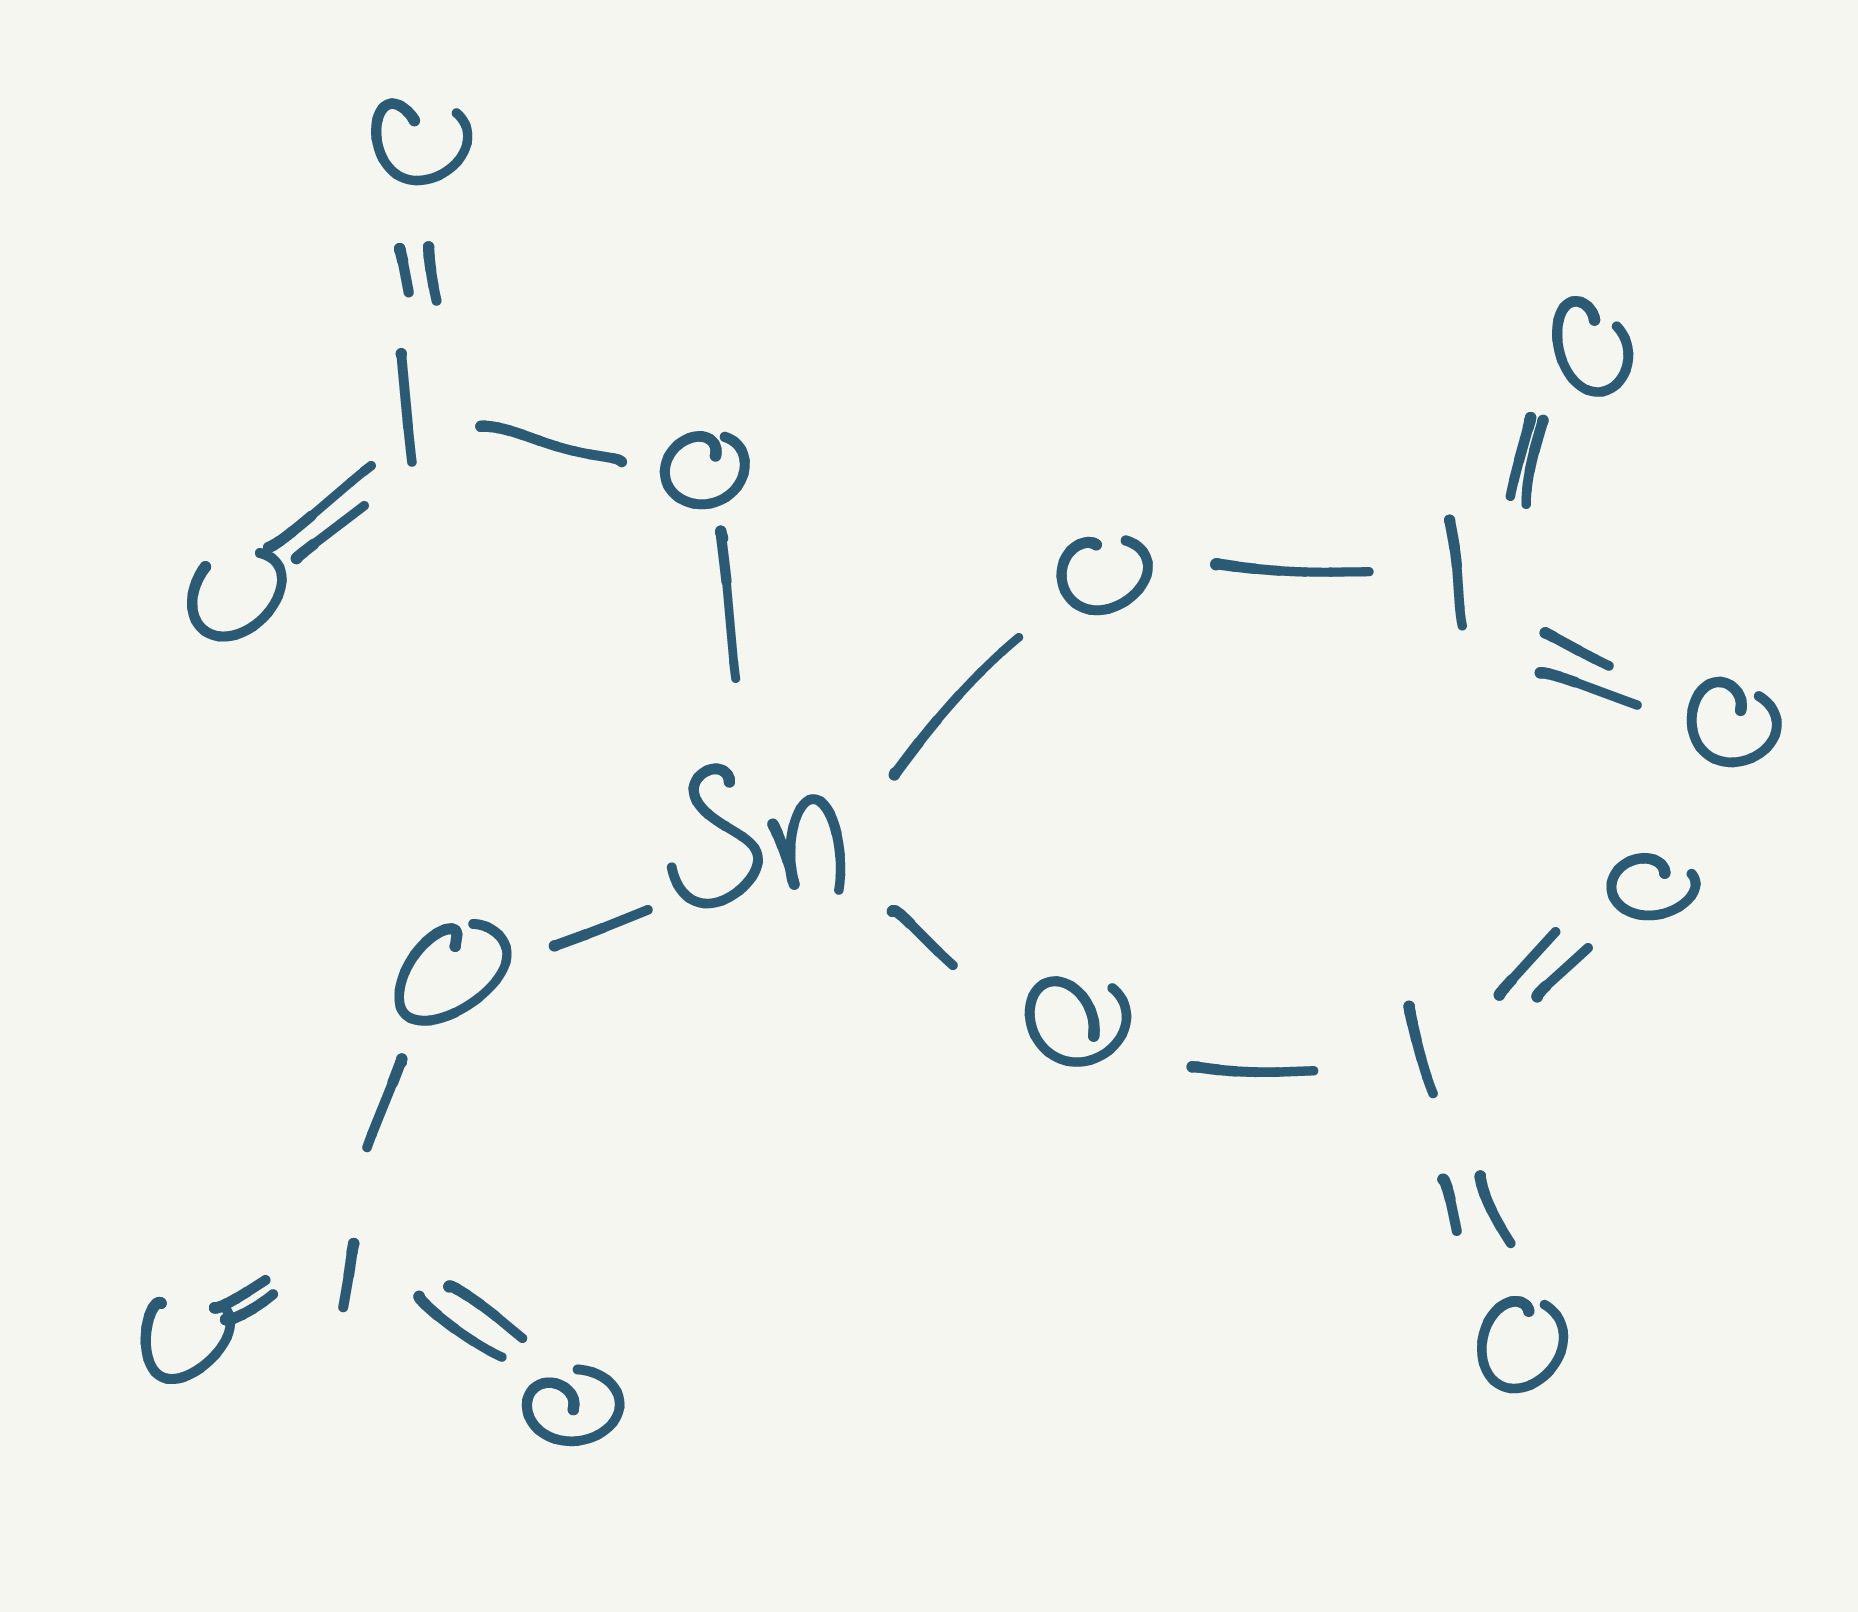
Simplified molecular-input line-entry system (SMILES) notation of the given molecule:
O=I(=O)O[Sn](OI(=O)=O)(OI(=O)=O)OI(=O)=O